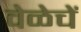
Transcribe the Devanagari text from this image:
वेळेचें